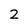
Character: 2